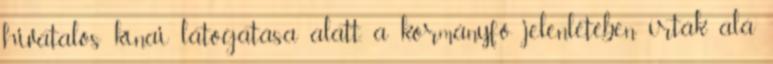
hivatalos kínai látogatása alatt, a kormányfő jelenlétében írták alá